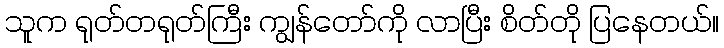
သူက ရုတ်တရုတ်ကြီး ကျွန်တော်ကို လာပြီး စိတ်တို ပြနေတယ်။